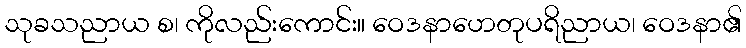
သုခသညာယ စ၊ ကိုလည်းကောင်း။ ဝေဒနာဟေတုပရိညာယ၊ ဝေဒနာ၏